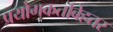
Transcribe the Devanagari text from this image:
प्रयोगकर्ताबेहतर